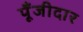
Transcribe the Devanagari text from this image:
पूँजीदार